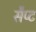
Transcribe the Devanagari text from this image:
सैप्ट